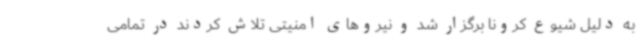
به دلیل شیوع کرونا برگزار شد و نیروهای امنیتی تلاش کردند در تمامی